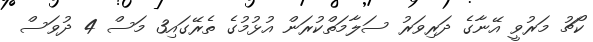
ކޯޗު މަރުވީ އޭނާގެ ދަރިވަރު ސަލާމަތްކުރަން އުޅުމުގެ ތެރޭގައި3 މަސް 4 ދުވަސް